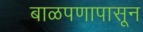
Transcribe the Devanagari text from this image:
बाळपणापासून